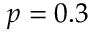
p = 0 . 3